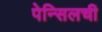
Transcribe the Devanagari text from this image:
पेन्सिलची